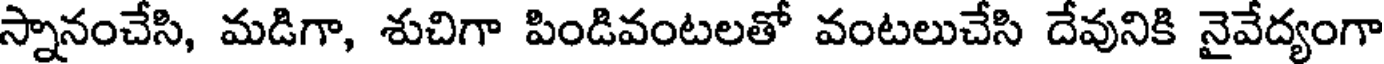
స్నానంచేసి, మడిగా, శుచిగా పిండివంటలతో వంటలుచేసి దేవునికి నైవేద్యంగా